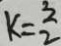
k = \frac { 3 } { 2 }